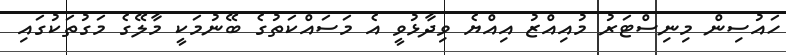
ހައުސިން މިނިސްޓަރު މުއިއްޒު އިއްޔެ ވިދާޅުވީ އެ މަސައްކަތުގެ ބޭނުމަކީ މާލޭގެ މަގުތަކުގައި